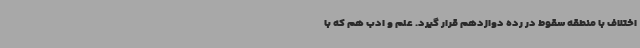
اختلاف با منطقه سقوط در رده دوازدهم قرار گیرد. علم و ادب هم که با